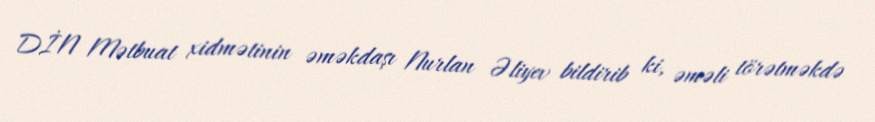
DİN Mətbuat xidmətinin əməkdaşı Nurlan Əliyev bildirib ki, əməli törətməkdə